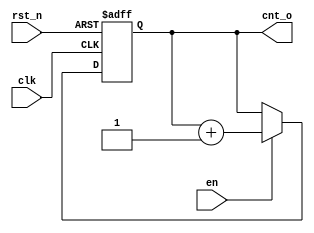
module Counter #(
    parameter   DWIDTH = 7        // Puropose is counting 100(2^7 = 128)
)(
    input                   clk,
    input                   rst_n,
    input                   en,
    output  [DWIDTH-1:0]    cnt_o
);

    reg [DWIDTH-1:0] cnt;
    
    always @(posedge clk, negedge rst_n) begin
        if (!rst_n) begin
            cnt <= {(DWIDTH){1'b0}};        
        end else if (en) begin
            cnt <= cnt + 'd1;
        end
    end
    
    assign cnt_o = cnt;
    
endmodule